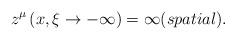
LaTeX: \begin{align*}z^\mu \left( {x,\xi \to - \infty } \right)= \infty (spatial).\end{align*}